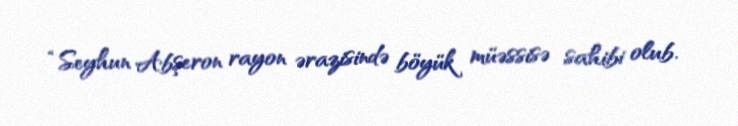
“Seyhun Abşeron rayon ərazisində böyük müəssisə sahibi olub.